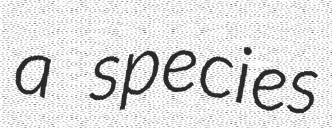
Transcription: a species